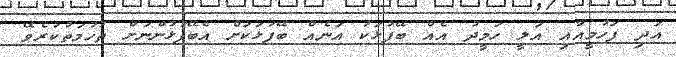
އަދި ފަހުމީއާއި އަލީ ހަމީދު އެއް ބޭފުޅަކު އަނެއް ބޭފުޅަކަށް އެބޭފުޅުންނަށް ތުހުމަތުކުރެވޭ